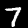
Label: 7